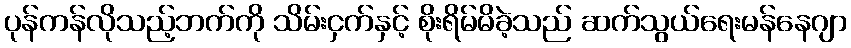
ပုန်ကန်လိုသည့်ဘက်ကို သိမ်းငှက်နှင့် စိုးရိမ်မိခဲ့သည် ဆက်သွယ်ရေးမန်နေဂျာ